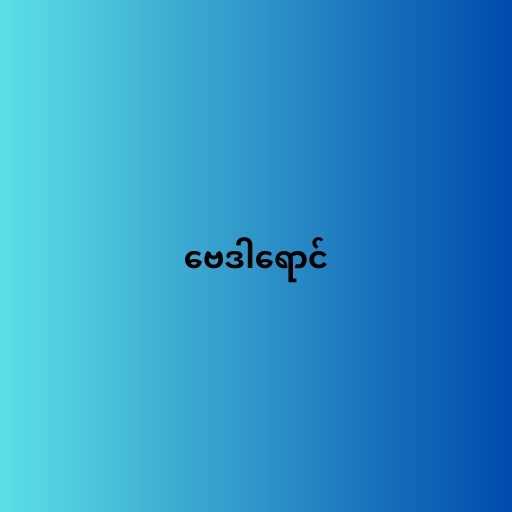
ဗေဒါရောင်